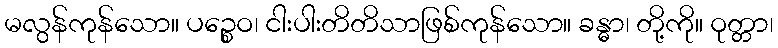
မလွန်ကုန်သော။ ပဉ္စေဝ၊ ငါးပါးတိတိသာဖြစ်ကုန်သော။ ခန္ဓာ၊ တို့ကို။ ဝုတ္တာ၊